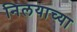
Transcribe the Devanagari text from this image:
निलयाच्या